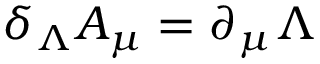
\delta _ { \Lambda } A _ { \mu } = \partial _ { \mu } \Lambda